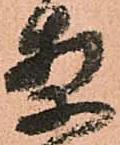
案